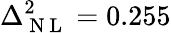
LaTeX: \Delta_{\mathrm{~N~L~}}^{2}=0.255